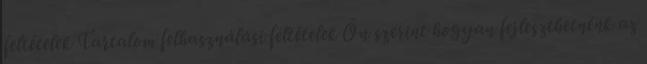
feltételek Tartalom felhasználási feltételek Ön szerint hogyan fejleszthetnénk az